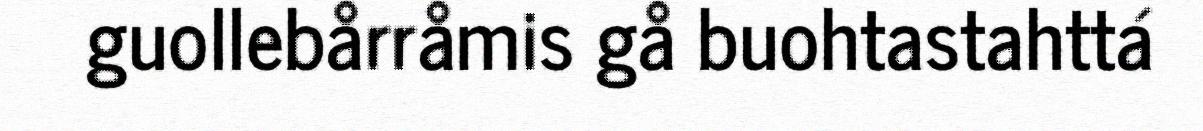
guollebårråmis gå buohtastahttá